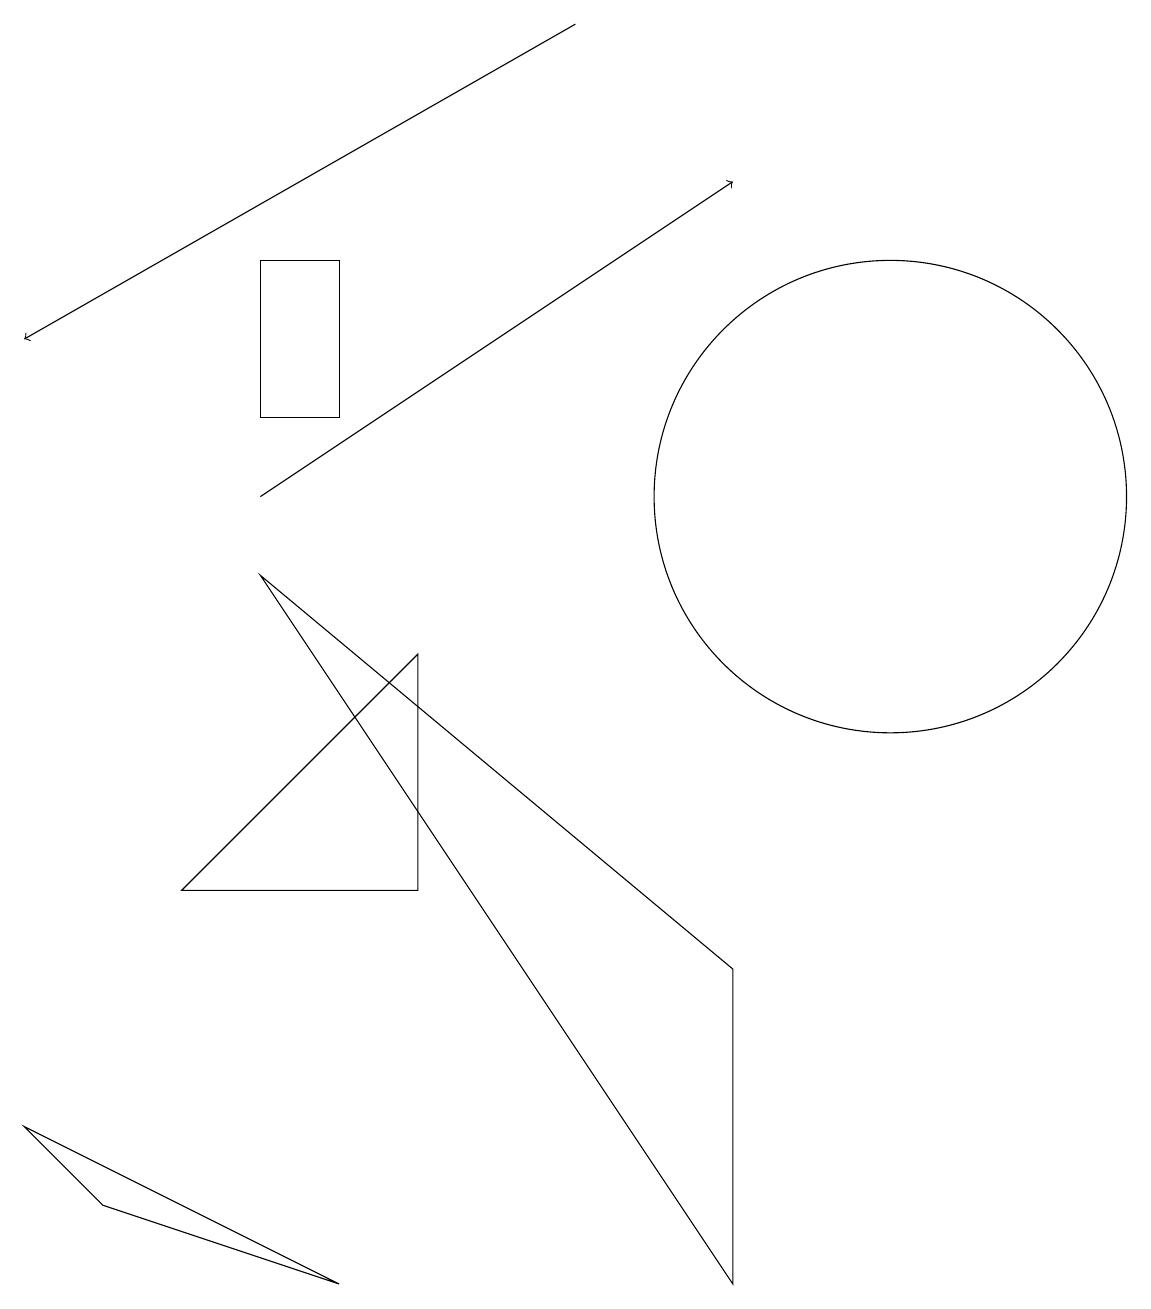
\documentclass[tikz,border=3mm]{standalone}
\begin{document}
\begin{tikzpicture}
\draw (3,13) rectangle (4,11);
\draw (5,8) -- (2,5) -- (5,5) -- cycle;
\draw[->] (3,10) -- (9,14);
\draw (0,2) -- (1,1) -- (4,0) -- cycle;
\draw (9,4) -- (9,0) -- (3,9) -- cycle;
\draw[->] (7,16) -- (0,12);
\draw (11,10) circle (3);
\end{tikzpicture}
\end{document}